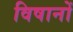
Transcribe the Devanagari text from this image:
विषानों